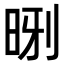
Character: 𪰝